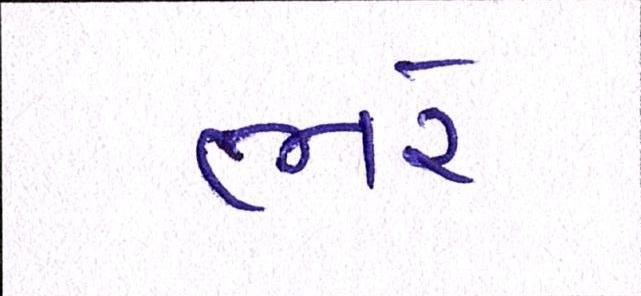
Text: ભરે